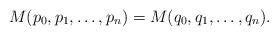
LaTeX: \begin{align*}M(p_0, p_1, \ldots, p_n)=M(q_0, q_1, \ldots, q_n).\end{align*}